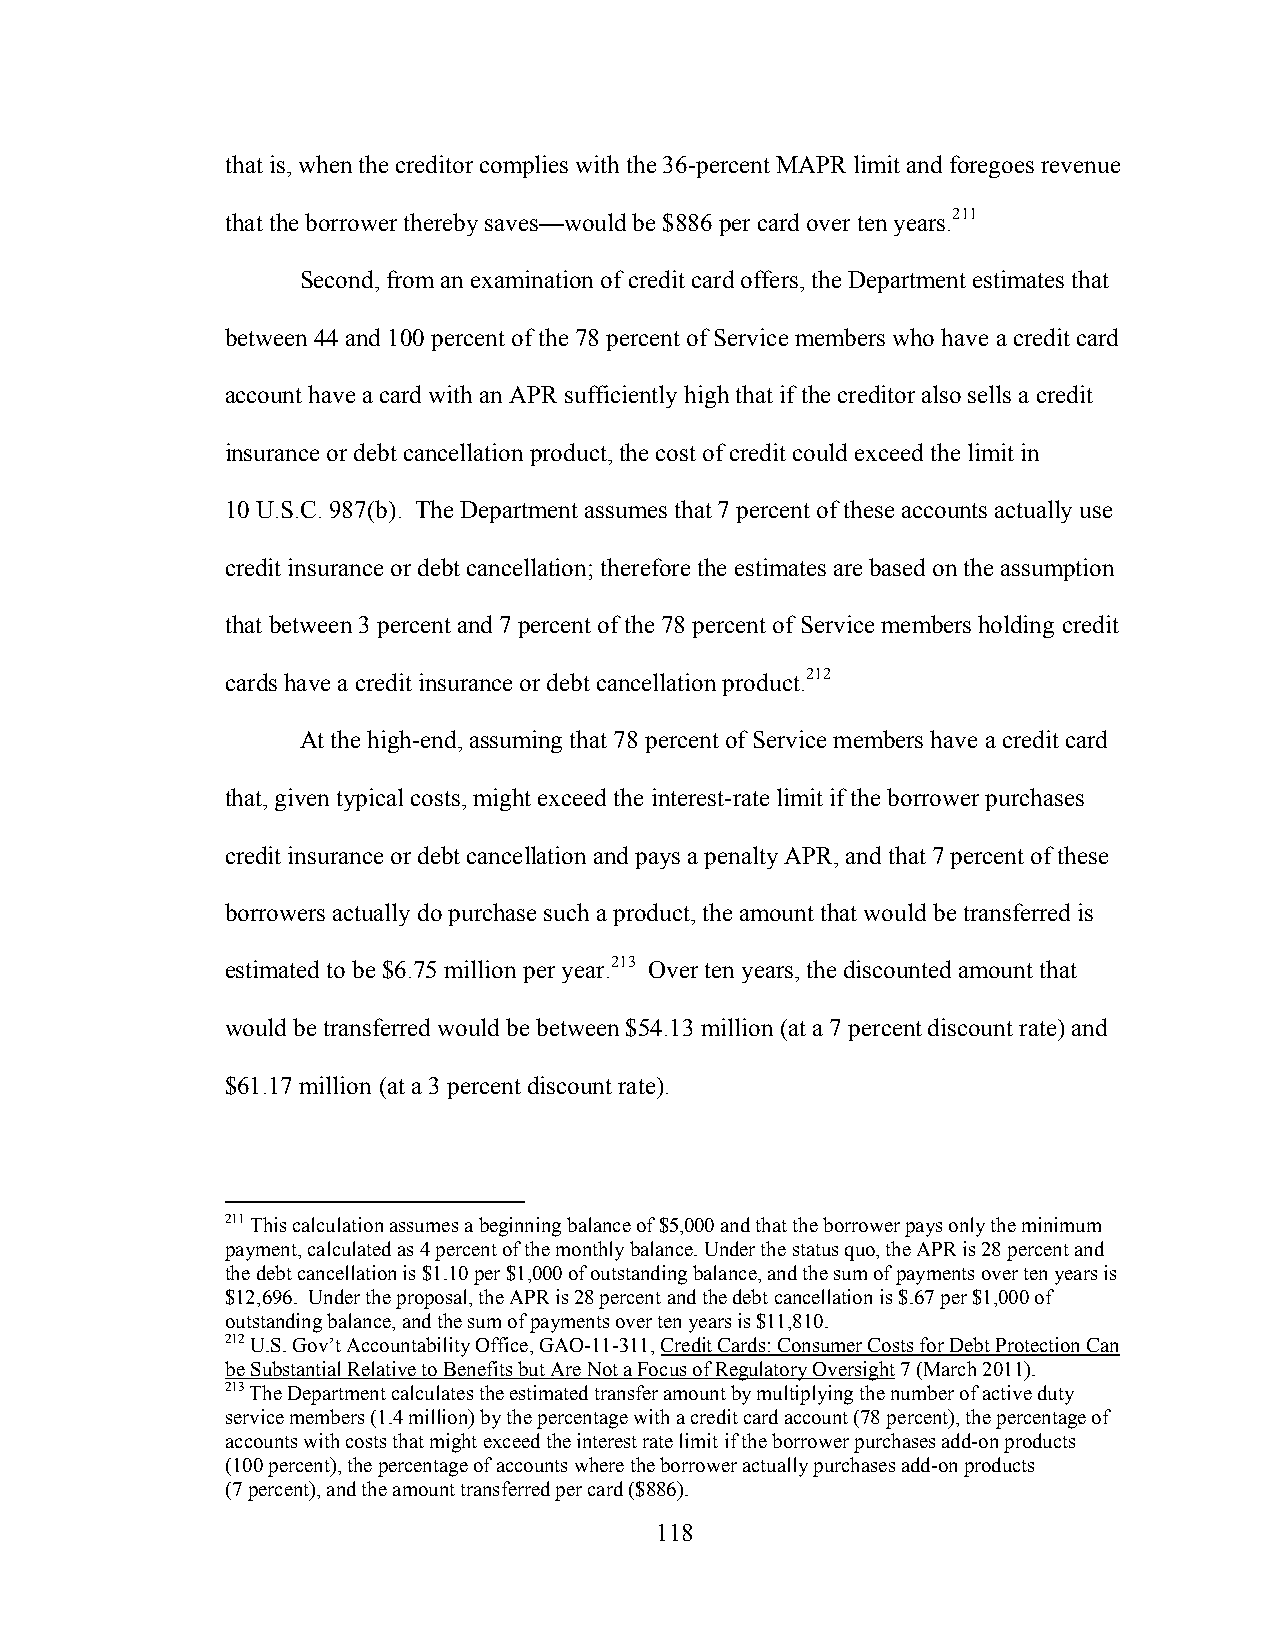
that is, when the creditor complies with the 36-percent MAPR limit and foregoes revenue
 that the borrower thereby saves—would be $886 per card over ten years.211
 Second, from an examination of credit card offers, the Department estimates that
 between 44 and 100 percent of the 78 percent of Service members who have a credit card
 account have a card with an APR sufficiently high that if the creditor also sells a credit
 insurance or debt cancellation product, the cost of credit could exceed the limit in
 10 U.S.C. 987(b). The Department assumes that 7 percent of these accounts actually use
 credit insurance or debt cancellation; therefore the estimates are based on the assumption
 that between 3 percent and 7 percent of the 78 percent of Service members holding credit
 cards have a credit insurance or debt cancellation product.212
 At the high-end, assuming that 78 percent of Service members have a credit card
 that, given typical costs, might exceed the interest-rate limit if the borrower purchases
 credit insurance or debt cancellation and pays a penalty APR, and that 7 percent of these
 borrowers actually do purchase such a product, the amount that would be transferred is
 estimated to be $6.75 million per year.213 Over ten years, the discounted amount that
 would be transferred would be between $54.13 million (at a 7 percent discount rate) and
 $61.17 million (at a 3 percent discount rate).
 211 This calculation assumes a beginning balance of $5,000 and that the borrower pays only the minimum
 payment, calculated as 4 percent of the monthly balance. Under the status quo, the APR is 28 percent and
 the debt cancellation is $1.10 per $1,000 of outstanding balance, and the sum of payments over ten years is
 $12,696. Under the proposal, the APR is 28 percent and the debt cancellation is $.67 per $1,000 of
 outstanding balance, and the sum of payments over ten years is $11,810.
 212 U.S. Gov’t Accountability Office, GAO-11-311, Credit Cards: Consumer Costs for Debt Protection Can
 be Substantial Relative to Benefits but Are Not a Focus of Regulatory Oversight 7 (March 2011).
 213 The Department calculates the estimated transfer amount by multiplying the number of active duty
 service members (1.4 million) by the percentage with a credit card account (78 percent), the percentage of
 accounts with costs that might exceed the interest rate limit if the borrower purchases add-on products
 (100 percent), the percentage of accounts where the borrower actually purchases add-on products
 (7 percent), and the amount transferred per card ($886).
 118